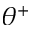
\theta ^ { + }